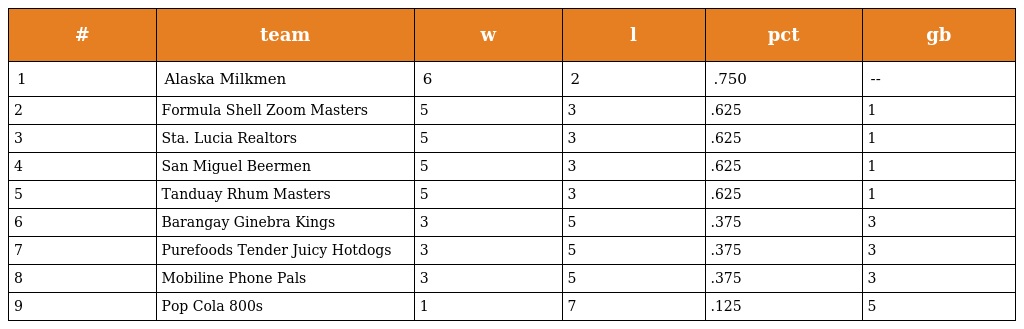
| # | team | w | l | pct | gb |
 | --- | --- | --- | --- | --- | --- |
 | 1 | Alaska Milkmen | 6 | 2 | .750 | -- |
 | 2 | Formula Shell Zoom Masters | 5 | 3 | .625 | 1 |
 | 3 | Sta. Lucia Realtors | 5 | 3 | .625 | 1 |
 | 4 | San Miguel Beermen | 5 | 3 | .625 | 1 |
 | 5 | Tanduay Rhum Masters | 5 | 3 | .625 | 1 |
 | 6 | Barangay Ginebra Kings | 3 | 5 | .375 | 3 |
 | 7 | Purefoods Tender Juicy Hotdogs | 3 | 5 | .375 | 3 |
 | 8 | Mobiline Phone Pals | 3 | 5 | .375 | 3 |
 | 9 | Pop Cola 800s | 1 | 7 | .125 | 5 |